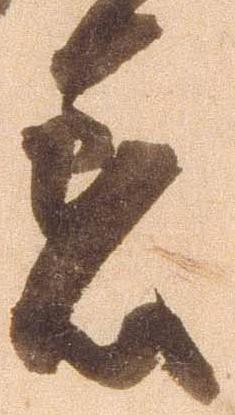
着